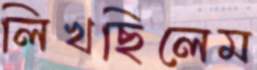
লিখছিলেম